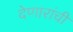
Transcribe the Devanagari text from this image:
देणारांची